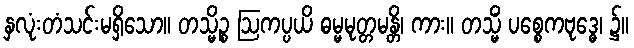
နှလုံးတံသင်းမရှိသော။ တသ္မိဉ္စ ဩကပ္ပယိ ဓမ္မမုတ္တမန္တိ၊ ကား။ တသ္မိံ ပစ္စေကဗုဒ္ဓေ၊ ၌။